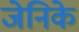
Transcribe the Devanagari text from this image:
जेनिके